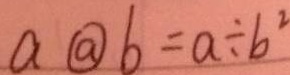
a \textcircled { a } b = a \div b ^ { 2 }